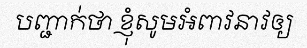
បញ្ជាក់ថា ខ្ញុំសូមអំពាវនាវឲ្យ